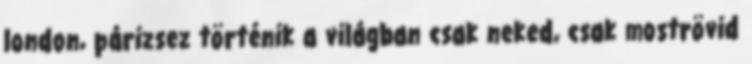
london, párizsez történik a világban csak neked, csak moströvid